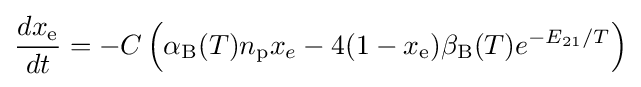
{\frac {dx_{\text{e}}}{dt}}=-C\left(\alpha _{\text{B}}(T)n_{\text{p}}x_{e}-4(1-x_{\text{e}})\beta _{\text{B}}(T)e^{-E_{21}/T}\right)